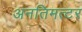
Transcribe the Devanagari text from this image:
अनतिमत्टर